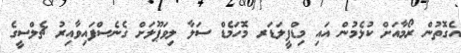
އެގޮތުން ރޯމާއަށް ކުޅެމުން އައި މިޑްފީލަޑަރ މޮހަމެޑް ސަލާ ލިވަޕޫލަށް ގެނެސްފައިވާއިރު ޗެލްސީގެ